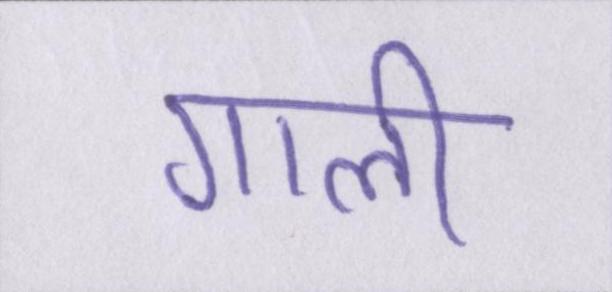
गाली